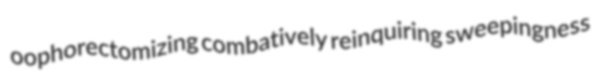
oophorectomizing combatively reinquiring sweepingness